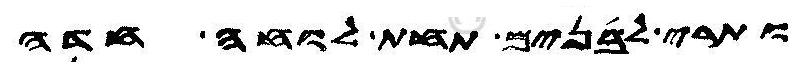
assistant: ותרי לבנים תחת לוחה חדה